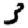
Digit: 3